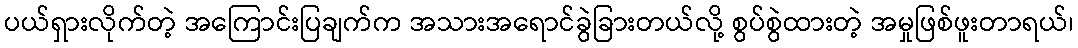
ပယ်ရှားလိုက်တဲ့ အကြောင်းပြချက်က အသားအရောင်ခွဲခြားတယ်လို့ စွပ်စွဲထားတဲ့ အမှုဖြစ်ဖူးတာရယ်၊